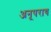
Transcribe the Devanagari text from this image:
अनूपराय